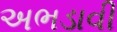
અભડાવી